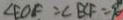
\angle E O E : \angle B C F = 9 0